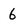
Character: 6